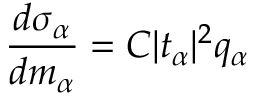
\frac { d \sigma _ { \alpha } } { d m _ { \alpha } } = C | t _ { \alpha } | ^ { 2 } q _ { \alpha }